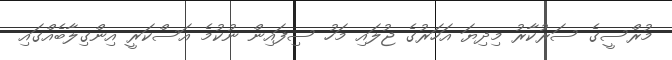
މުރްސީގެ ސަރުކާރު މިދިޔަ އަހަރުގެ ޖުލައި މަހު ސިފައިން ނުކުމެ އަސްކަރީ އިންގިލާބެއްގައި